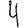
Digit: 4